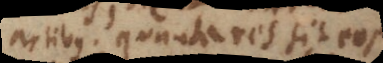
artibus, quanta res sit eos